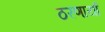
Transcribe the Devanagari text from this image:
ठरणार्या